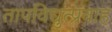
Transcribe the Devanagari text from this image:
तापविद्युत्प्रवाह